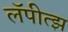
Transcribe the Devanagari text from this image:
लॅपीत्झ